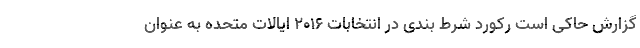
گزارش حاکی است رکورد شرط بندی در انتخابات ۲۰۱۶ ایالات متحده به عنوان